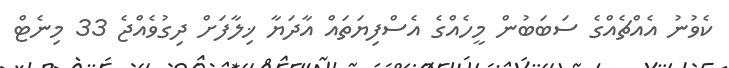
ކެވުނު އެއްޗެއްގެ ސަބަބުން މީހެއްގެ އެސްފިޔަތައް އާދަޔާ ޚިލާފަށް ދިގުވެއްޖެ 33 މިނެޓް